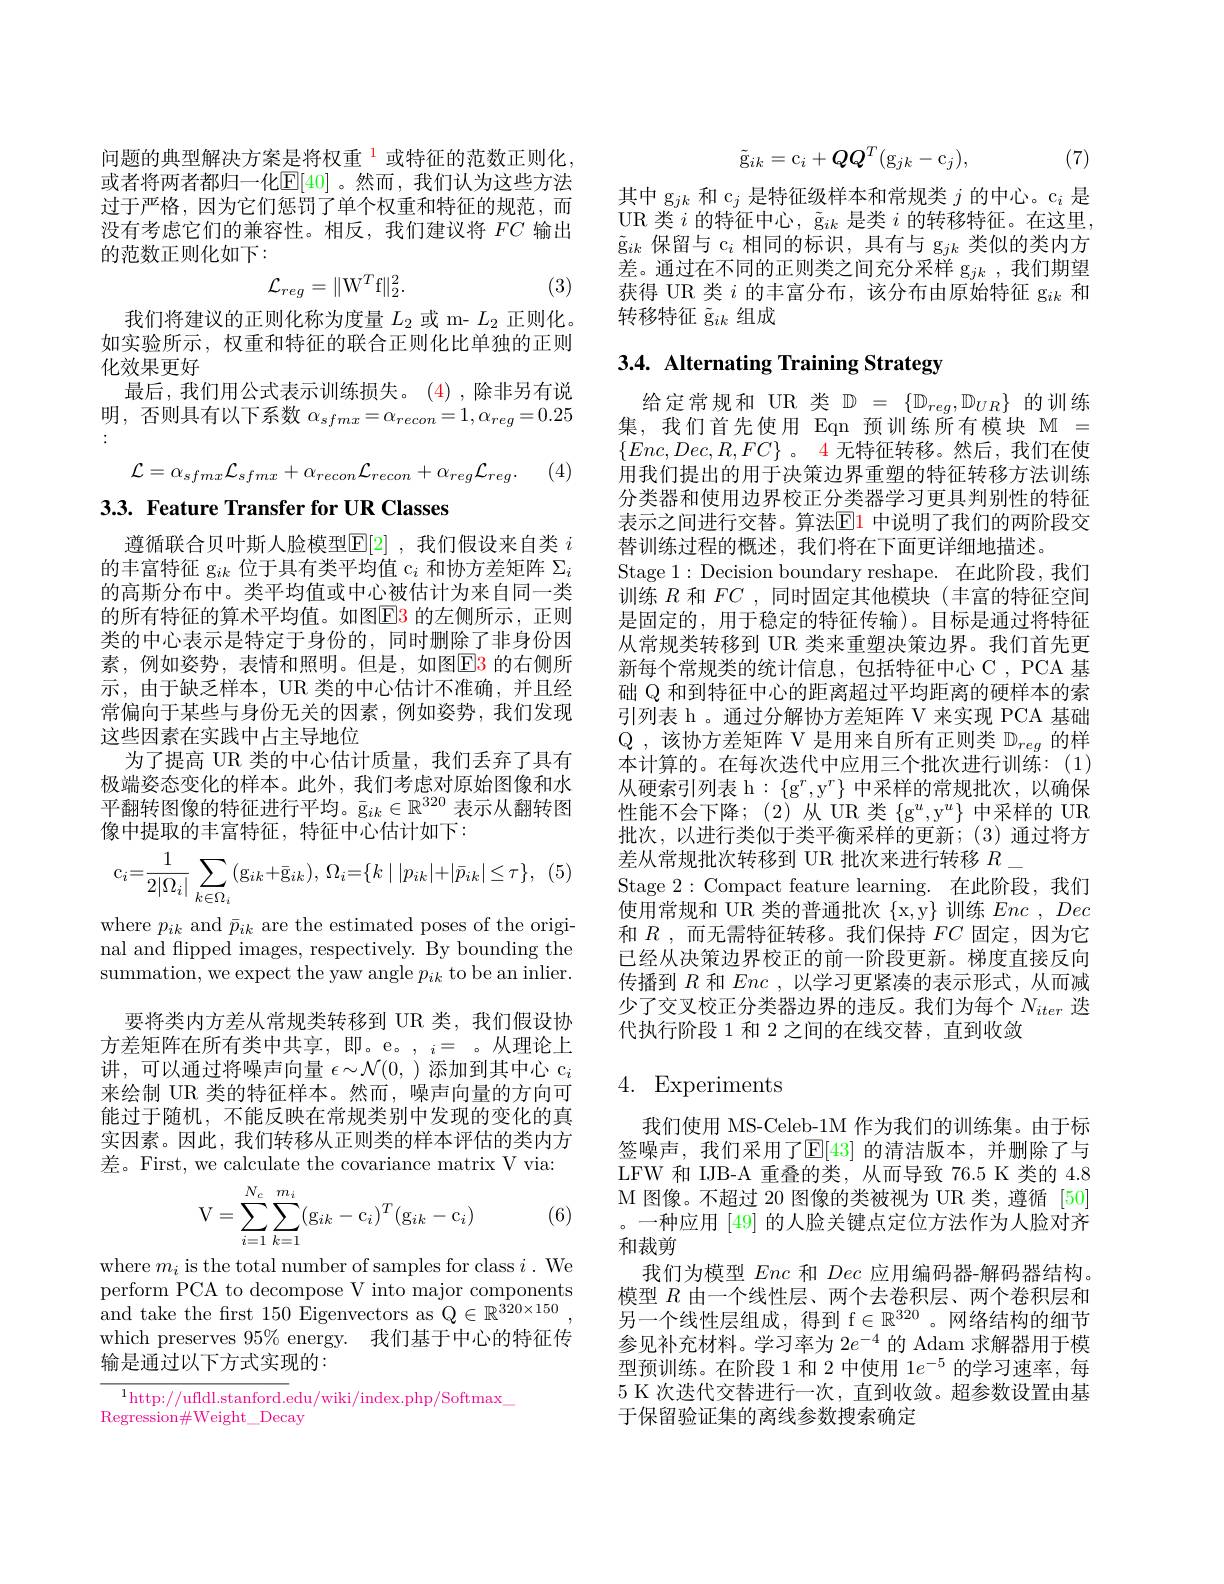
问题的典型解决方案是将权重$^{1}$或特征的范数正则化， 或者将两者都归一化$\mathbb{E}[40]$。然而，我们认为这些方法过于严格，因为它们惩罚了单个权重和特征的规范，而没有考虑它们的兼容性。相反，我们建议将$FC$输出的范数正则化如下：
$$\mathcal{L}_{reg}=\|\mathrm W^T\mathrm f\|_2^2.$$
(3)

我们将建议的正则化称为度量$L_2$或 m- $L_2$正则化。如实验所示，权重和特征的联合正则化比单独的正则化效果更好
最后，我们用公式表示训练损失。(4),除非另有说明，否则具有以下系数$\alpha_sfmx=\alpha_{recon}=1,\alpha_{reg}=0.25$
$$\mathcal{L}=\alpha_{sfmx}\mathcal{L}_{sfmx}+\alpha_{recon}\mathcal{L}_{recon}+\alpha_{reg}\mathcal{L}_{reg}.$$
(4,

3.3. Feature Transfer for UR Classes

遵循联合贝叶斯人脸模型$\mathbb{E}[2]$ ,我们假设来自类 $i$ 的丰富特征 g$_{ik}$位于具有类平均值 c$_i$和协方差矩阵$\Sigma_i$ 的高斯分布中。类平均值或中心被估计为来自同一类的所有特征的算术平均值。如图$\boxed{\mathrm{E}}\color{red}{3}$ 的左侧所示，正则类的中心表示是特定于身份的，同时删除了非身份因素，例如姿势，表情和照明。但是，如图$\color{red}{\mathrm{E3}}$的右侧所示，由于缺乏样本，UR 类的中心估计不准确，并且经常偏向于某些与身份无关的因素，例如姿势，我们发现这些因素在实践中占主导地位
为了提高 UR 类的中心估计质量，我们丢弃了具有极端姿态变化的样本。此外，我们考虑对原始图像和水平翻转图像的特征进行平均。$\bar{\mathrm{g}}_{ik}\in\mathbb{R}^{320}$表示从翻转图像中提取的丰富特征，特征中心估计如下：
$$\mathrm{c}_{i}=\frac{1}{2|\Omega_{i}|}\sum_{k\in\Omega_{i}}(\mathrm{g}_{ik}+\bar{\mathrm{g}}_{ik}),\:\Omega_{i}=\{k\mid|p_{ik}|+|\bar{p}_{ik}|\leq\tau\},$$
where $p_{ik}$ and $\bar{p}_{ik}$ are the estimated poses of the original and flipped images, respectively. By bounding the summation, we expect the yaw angle $p_ik$ to be an inlier.
要将类内方差从常规类转移到 UR 类，我们假设协方差矩阵在所有类中共享，即。e。,$_i=$。从理论上讲，可以通过将噪声向量$\epsilon\sim\mathcal{N}(0$, )添加到其中心$c_i$ 来绘制 UR 类的特征样本。然而，噪声向量的方向可能过于随机，不能反映在常规类别中发现的变化的真实因素。因此，我们转移从正则类的样本评估的类内方差。First, we calculate the covariance matrix V via:
$$\mathrm V=\sum_{i=1}^{N_c}\sum_{k=1}^{m_i}(\mathrm g_{ik}-\mathrm c_i)^T(\mathrm g_{ik}-\mathrm c_i)$$
(6)

where $m_i$ is the total number of samples for class $i.$ We perform PCA to decompose V into major components and take the frst 150 Eigenvectors as Q$\in\mathbb{R}^{320\times150}$, which preserves $95\%$ energy. 我们基于中心的特征传输是通过以下方式实现的：

$^{1}$http://ufldl.stanford.edu/wiki/index.php/Softmax\_
Regression#Weight\_Decay
$$\tilde{\mathrm{g}}_{ik}=\mathrm{c}_i+QQ^T(\mathrm{g}_{jk}-\mathrm{c}_j),$$
(7)

其中 g$_jk$和 c$_j$是特征级样本和常规类$j$的中心。$\mathfrak{c}_i$是UR 类$i$的特征中心，$\tilde{\text{g}}_ik$是类$i$的转移特征。在这里， $\tilde{\mathrm{g}}_{ik}$保留与 c$_i$相同的标识，具有与 g$_jk$类似的类内方差。通过在不同的正则类之间充分采样 g$_{jk}$ ,我们期望获得 UR 类$i$的丰富分布，该分布由原始特征 g$_ik$和转移特征$\tilde{\mathrm{g}}_{ik}$组成

# 3.4. Alternating Training Strategy

给定常规和 UR 类$\mathbb{D}=\{\mathbb{D}_{reg},\mathbb{D}_{UR}\}$的训练集，我们首先使用 Eqn 预训练所有模块 M = $\{Enc,Dec,R,FC\}$ 。4 无特征转移。然后，我们在使用我们提出的用于决策边界重塑的特征转移方法训练分类器和使用边界校正分类器学习更具判别性的特征表示之间进行交替。算法E$l1$ 中说明了我们的两阶段交替训练过程的概述，我们将在下面更详细地描述。
Stage 1: Decision boundary reshape. 在此阶段，我们$\bar{\text{训练 }R\text{ 和 }FC}$ ,同时固定其他模块(丰富的特征空间是固定的，用于稳定的特征传输)。目标是通过将特征从常规类转移到 UR 类来重塑决策边界。我们首先更新每个常规类的统计信息，包括特征中心 C , PCA 基础 Q 和到特征中心的距离超过平均距离的硬样本的索引列表 h 。通过分解协方差矩阵 V 来实现 PCA 基础$\mathbb{Q}$,该协方差矩阵 V 是用来自所有正则类 $\mathbb{D}_{reg}$ 的样本计算的。在每次迭代中应用三个批次进行训练：(1) 从硬索引列表 h : $\{\mathrm{g}^r,\mathrm{y}^r\}$中采样的常规批次，以确保性能不会下降；(2)从 UR 类$\{\mathrm{g}^u,\mathrm{y}^u\}$中采样的 UR 批次，以进行类似于类平衡采样的更新；(3)通过将方差从常规批次转移到 UR 批次来进行转移$R\_$
Stage 2:Compact feature learning.在此阶段，我们使用常规和 UR 类的普通批次$\{$x$, y\}$训练$Enc,Dec$ 和$R$,而无需特征转移。我们保持$FC$固定，因为它已经从决策边界校正的前一阶段更新。梯度直接反向传播到$R$和$Enc$,以学习更紧凑的表示形式，从而减少了交叉校正分类器边界的违反。我们为每个$N_{iter}$迭代执行阶段 1 和 2 之间的在线交替，直到收敛

# 4. Experiments

我们使用 MS-Celeb-1M 作为我们的训练集。由于标签噪声，我们采用了$\mathbb{E}[43]$ 的清洁版本，并删除了与LFW 和 IJB-A 重叠的类，从而导致 76.5 K 类的 4.8 M 图像。不超过 20 图像的类被视为 UR 类，遵循 [50] 。一种应用 [49] 的人脸关键点定位方法作为人脸对齐和裁剪
我们为模型Enc和Dec应用编码器-解码器结构。模型$R$由一个线性层、两个去卷积层、两个卷积层和另一个线性层组成，得到 f$\in\mathbb{R}^320$。网络结构的细节参见补充材料。学习率为 2$e^-4$的 Adam 求解器用于模型预训练。在阶段 1 和 2 中使用$1e^-5$的学习速率，每5 K 次迭代交替进行一次，直到收敛。超参数设置由基于保留验证集的离线参数搜索确定